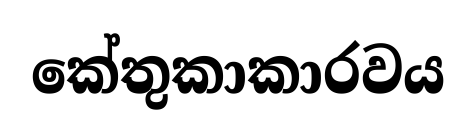
කේතුකාකාරවය